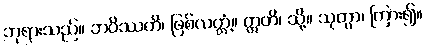
ဘုရားသည်။ ဘဝိဿတိ၊ ဖြစ်လတ္တံ့။ ဣတိ၊ သို့။ သုတွာ၊ ကြား၍။